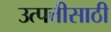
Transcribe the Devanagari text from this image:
उत्पत्तीसाठी